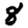
Digit: 8